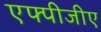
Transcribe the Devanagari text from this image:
एफ्पीजीए